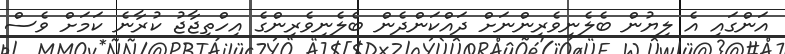
އަންގައި އެ ލިޔުން ބެލެނިވެރިންނަށް ދައްކަންދެން ބެލެނިވެރިންގެ އިހްތިޖާޖު ކުރާނެ ކަމަށް ވެސް